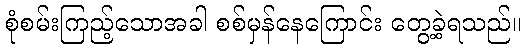
စုံစမ်းကြည့်သောအခါ စစ်မှန်နေကြောင်း တွေ့ခဲ့ရသည်။